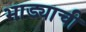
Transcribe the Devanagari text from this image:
भाड्याची